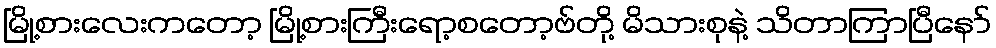
မြို့စားလေးကတော့ မြို့စားကြီးရော့စတော့ဗ်တို့ မိသားစုနဲ့ သိတာကြာပြီနော်